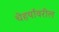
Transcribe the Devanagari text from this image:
चेहर्यावरील